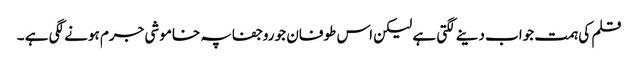
قلم کی ہمت جواب دینے لگتی ہے لیکن اس طوفان جو روجفاپہ خاموشی جرم ہونے لگی ہے ۔